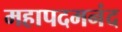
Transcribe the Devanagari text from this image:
महापदमनंद